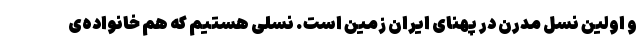
و اولین نسل مدرن در پهنای ایران زمین است. نسلی هستیم که هم خانواده‌ی